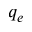
q _ { e }